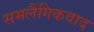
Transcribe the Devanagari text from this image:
समलैंगिकवाद